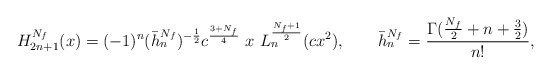
\begin{align*}\mathnormal{H}_{2n+1}^{N_{f}}(x)=(-1)^{n}(\bar{h}_{n}^{N_{f}})^{-\frac{1}{2}}c^{\frac{3+N_{f}}{4}} \ x \ \mathnormal{L}_{n}^{\frac{N_{f}+1}{2}}(cx^{2}),\qquad \bar{h}^{N_{f}}_{n}=\frac{\Gamma(\frac{N_{f}}{2}+n+\frac{3}{2})}{n!},\end{align*}